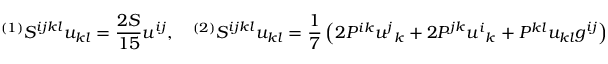
{ } ^ { ( 1 ) } S ^ { i j k l } u _ { k l } = \frac { 2 S } { 1 5 } u ^ { i j } , \quad { } ^ { ( 2 ) } S ^ { i j k l } u _ { k l } = \frac 1 7 \left( 2 P ^ { i k } u ^ { j } { } _ { k } + 2 P ^ { j k } u ^ { i } { } _ { k } + P ^ { k l } u _ { k l } g ^ { i j } \right) , \quad { } ^ { ( 3 ) } S ^ { i j k l } u _ { k l } = R ^ { i j k l } u _ { k l } ,